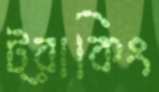
ট্রাকিং